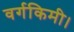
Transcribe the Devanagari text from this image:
वर्गकिमी।